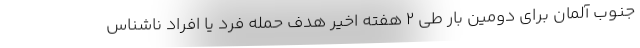
جنوب آلمان برای دومین بار طی ۲ هفته اخیر هدف حمله فرد یا افراد ناشناس